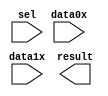
// megafunction wizard: %LPM_MUX%VBB%
// GENERATION: STANDARD
// VERSION: WM1.0
// MODULE: lpm_mux 

// ============================================================
// Megafunction Name(s):
// 			lpm_mux
//
// Simulation Library Files(s):
// 			lpm
// ============================================================
// ************************************************************
// THIS IS A WIZARD-GENERATED FILE. DO NOT EDIT THIS FILE!
//
// 9.1 Build 350 03/24/2010 SP 2 SJ Web Edition
// ************************************************************

//Copyright (C) 1991-2010 Altera Corporation
//Your use of Altera Corporation's design tools, logic functions 
//and other software and tools, and its AMPP partner logic 
//functions, and any output files from any of the foregoing 
//(including device programming or simulation files), and any 
//associated documentation or information are expressly subject 
//to the terms and conditions of the Altera Program License 
//Subscription Agreement, Altera MegaCore Function License 
//Agreement, or other applicable license agreement, including, 
//without limitation, that your use is for the sole purpose of 
//programming logic devices manufactured by Altera and sold by 
//Altera or its authorized distributors.  Please refer to the 
//applicable agreement for further details.

module lpm_mux0 (
	data0x,
	data1x,
	sel,
	result);

	input	[7:0]  data0x;
	input	[7:0]  data1x;
	input	  sel;
	output	[7:0]  result;

endmodule

// ============================================================
// CNX file retrieval info
// ============================================================
// Retrieval info: PRIVATE: INTENDED_DEVICE_FAMILY STRING "Cyclone IV E"
// Retrieval info: PRIVATE: SYNTH_WRAPPER_GEN_POSTFIX STRING "0"
// Retrieval info: CONSTANT: LPM_SIZE NUMERIC "2"
// Retrieval info: CONSTANT: LPM_TYPE STRING "LPM_MUX"
// Retrieval info: CONSTANT: LPM_WIDTH NUMERIC "8"
// Retrieval info: CONSTANT: LPM_WIDTHS NUMERIC "1"
// Retrieval info: USED_PORT: data0x 0 0 8 0 INPUT NODEFVAL data0x[7..0]
// Retrieval info: USED_PORT: data1x 0 0 8 0 INPUT NODEFVAL data1x[7..0]
// Retrieval info: USED_PORT: result 0 0 8 0 OUTPUT NODEFVAL result[7..0]
// Retrieval info: USED_PORT: sel 0 0 0 0 INPUT NODEFVAL sel
// Retrieval info: CONNECT: result 0 0 8 0 @result 0 0 8 0
// Retrieval info: CONNECT: @data 0 0 8 8 data1x 0 0 8 0
// Retrieval info: CONNECT: @data 0 0 8 0 data0x 0 0 8 0
// Retrieval info: CONNECT: @sel 0 0 1 0 sel 0 0 0 0
// Retrieval info: LIBRARY: lpm lpm.lpm_components.all
// Retrieval info: GEN_FILE: TYPE_NORMAL lpm_mux0.v TRUE
// Retrieval info: GEN_FILE: TYPE_NORMAL lpm_mux0.inc FALSE
// Retrieval info: GEN_FILE: TYPE_NORMAL lpm_mux0.cmp FALSE
// Retrieval info: GEN_FILE: TYPE_NORMAL lpm_mux0.bsf TRUE FALSE
// Retrieval info: GEN_FILE: TYPE_NORMAL lpm_mux0_inst.v FALSE
// Retrieval info: GEN_FILE: TYPE_NORMAL lpm_mux0_bb.v TRUE
// Retrieval info: LIB_FILE: lpm